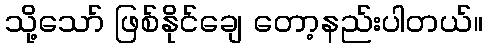
သို့သော် ဖြစ်နိုင်ချေ တော့နည်းပါတယ်။